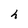
Character: h